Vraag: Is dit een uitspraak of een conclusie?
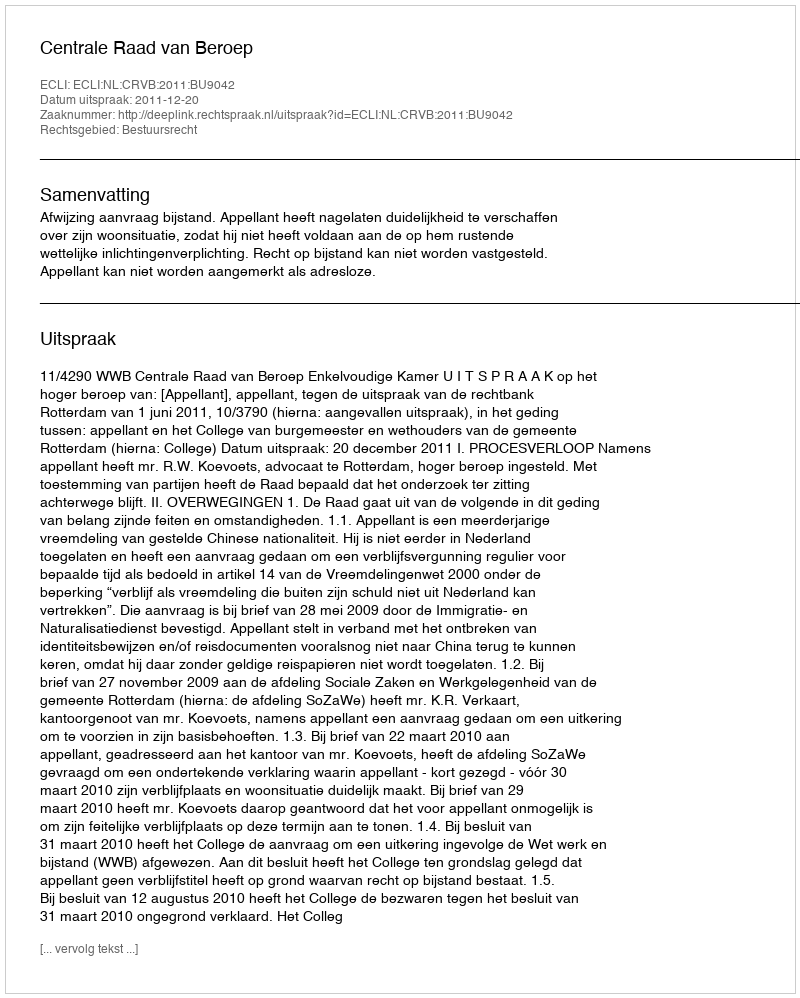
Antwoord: Uitspraak